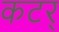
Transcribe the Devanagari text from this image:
कटर्‌